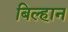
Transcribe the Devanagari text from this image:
बिल्हान